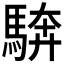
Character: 𩣺